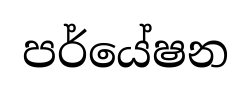
පර්යේෂන